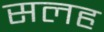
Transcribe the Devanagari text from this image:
सलह